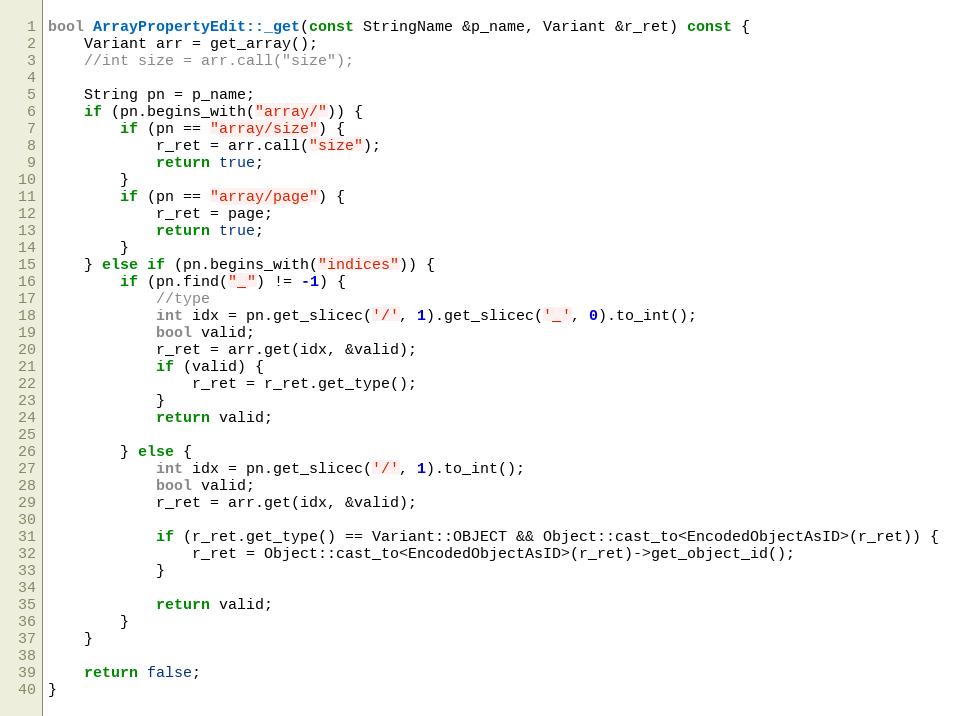
Language: C++
bool ArrayPropertyEdit::_get(const StringName &p_name, Variant &r_ret) const {
	Variant arr = get_array();
	//int size = arr.call("size");

	String pn = p_name;
	if (pn.begins_with("array/")) {
		if (pn == "array/size") {
			r_ret = arr.call("size");
			return true;
		}
		if (pn == "array/page") {
			r_ret = page;
			return true;
		}
	} else if (pn.begins_with("indices")) {
		if (pn.find("_") != -1) {
			//type
			int idx = pn.get_slicec('/', 1).get_slicec('_', 0).to_int();
			bool valid;
			r_ret = arr.get(idx, &valid);
			if (valid) {
				r_ret = r_ret.get_type();
			}
			return valid;

		} else {
			int idx = pn.get_slicec('/', 1).to_int();
			bool valid;
			r_ret = arr.get(idx, &valid);

			if (r_ret.get_type() == Variant::OBJECT && Object::cast_to<EncodedObjectAsID>(r_ret)) {
				r_ret = Object::cast_to<EncodedObjectAsID>(r_ret)->get_object_id();
			}

			return valid;
		}
	}

	return false;
}